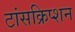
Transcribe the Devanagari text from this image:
टांसक्रिप्शन